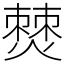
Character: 𤏡